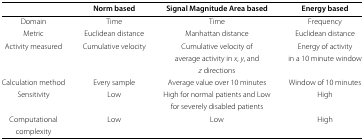
<table><thead><tr><td><b> </b></td><td><b>Norm based</b></td><td><b>Signal Magnitude Area based</b></td><td><b>Energy based</b></td></tr></thead><tbody><tr><td>Domain</td><td>Time</td><td>Time</td><td>Frequency</td></tr><tr><td>Metric</td><td>Euclidean distance</td><td>Manhattan distance</td><td>Euclidean distance</td></tr><tr><td>Activity measured</td><td>Cumulative velocity</td><td>Cumulative velocity of</td><td>Energy of activity</td></tr><tr><td> </td><td> </td><td>average activity in <i>x</i>, <i>y</i>, and</td><td>in a 10 minute window</td></tr><tr><td> </td><td> </td><td><i>z</i> directions</td><td> </td></tr><tr><td>Calculation method</td><td>Every sample</td><td>Average value over 10 minutes</td><td>Window of 10 minutes</td></tr><tr><td>Sensitivity</td><td>Low</td><td>High for normal patients and Low</td><td>High</td></tr><tr><td> </td><td> </td><td>for severely disabled patients</td><td> </td></tr><tr><td>Computational</td><td>Low</td><td>Low</td><td>High</td></tr><tr><td>complexity</td><td> </td><td> </td><td> </td></tr></tbody></table>